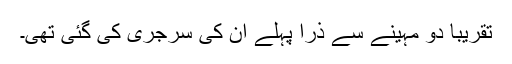
تقریباً دو مہینے سے ذرا پہلے ان کی سرجری کی گئی تھی۔